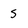
Character: s